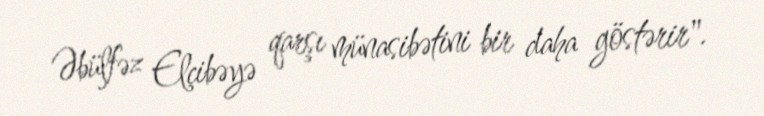
Əbülfəz Elçibəyə qarşı münasibətini bir daha göstərir".